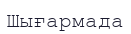
Шығармада